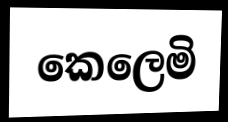
කෙලෙමි